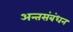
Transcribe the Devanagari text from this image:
अन्तसंबंधन